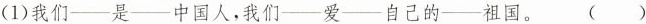
(1)我们—是—中国人，我们—爱—自己的—祖国。 ( )